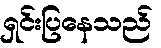
ရှင်းပြနေသည်